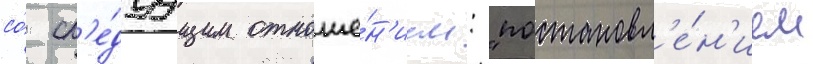
со́ сл'е́дуущим отноше́н'ием: "постановл'е́н'ием